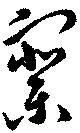
察